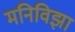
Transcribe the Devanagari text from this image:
मनिविझा